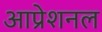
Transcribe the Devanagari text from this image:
आप्रेशनल